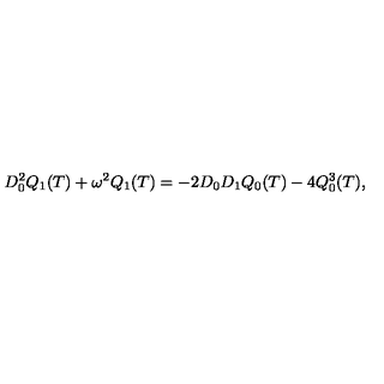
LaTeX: D _ { 0 } ^ { 2 } Q _ { 1 } ( T ) + \omega ^ { 2 } Q _ { 1 } ( T ) = - 2 D _ { 0 } D _ { 1 } Q _ { 0 } ( T ) - 4 Q _ { 0 } ^ { 3 } ( T ) ,